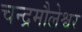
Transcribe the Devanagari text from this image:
चन्द्रमौलेश्वर